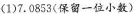
(1)7.0853(保留一位小数)